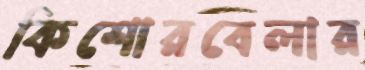
কিশোরবেলার